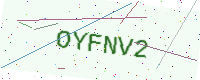
Text: OYFNV2